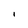
Character: I